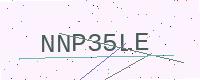
Text: NNP35LE